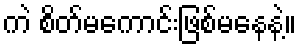
ကဲ စိတ်မကောင်းဖြစ်မနေနဲ့။